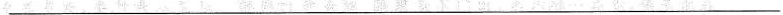
___